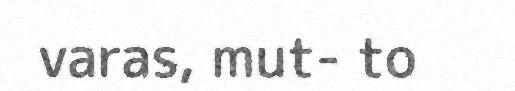
varas, mut- to